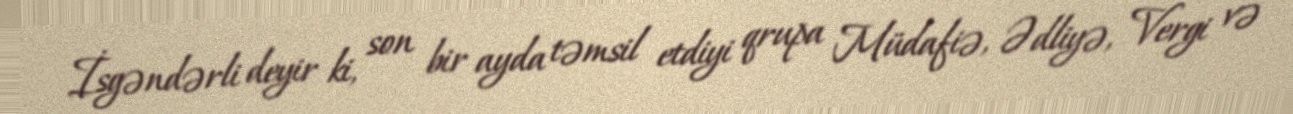
İsgəndərli deyir ki, son bir ayda təmsil etdiyi qrupa Müdafiə, Ədliyə, Vergi və